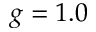
g = 1 . 0